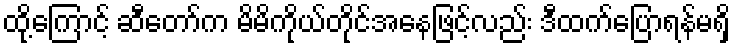
ထို့ကြောင့် ဆီတော်က မိမိကိုယ်တိုင်အနေဖြင့်လည်း ဒီထက်ပြောရန်မရှိ